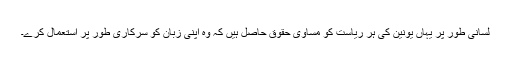
لسّانی طور پر یہاں یونین کی ہر ریاست کو مساوی حقوق حاصل ہیں کہ وہ اپنی زبان کو سرکاری طور پر استعمال کرے۔